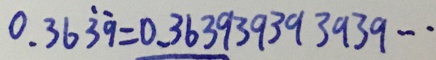
0 . 3 6 \dot { 3 } \dot { 9 } = 0 . 3 6 3 9 3 9 3 9 3 9 3 9 \cdots